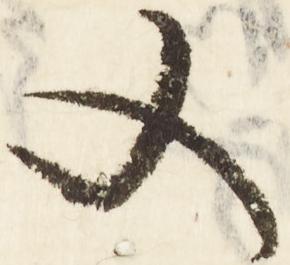
文